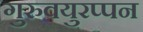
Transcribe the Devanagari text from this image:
गुरुवयुरप्पन